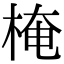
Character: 㭺